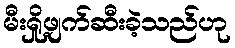
မီးရှို့ဖျက်ဆီးခဲ့သည်ဟု